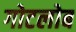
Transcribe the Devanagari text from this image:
गोटलोब